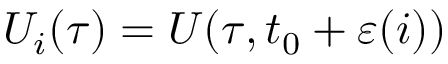
U _ { i } ( \tau ) = U ( \tau , t _ { 0 } + \varepsilon ( i ) )